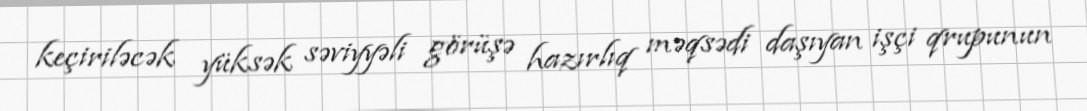
keçiriləcək yüksək səviyyəli görüşə hazırlıq məqsədi daşıyan işçi qrupunun